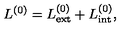
L ^ { ( 0 ) } = L _ { \mathrm { e x t } } ^ { ( 0 ) } + L _ { \mathrm { i n t } } ^ { ( 0 ) } ,